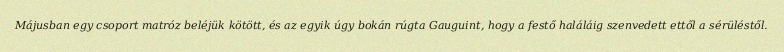
Májusban egy csoport matróz beléjük kötött, és az egyik úgy bokán rúgta Gauguint, hogy a festő haláláig szenvedett ettől a sérüléstől.